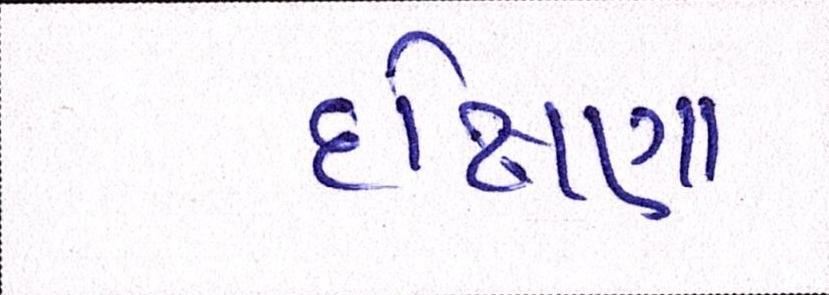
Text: દક્ષિણા